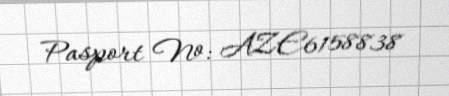
Pasport №: AZE6158838